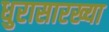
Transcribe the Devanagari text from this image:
धुरासारख्या